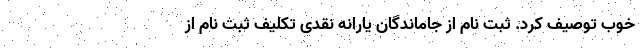
خوب توصیف کرد. ثبت نام از جاماندگان یارانه نقدی تکلیف ثبت نام از